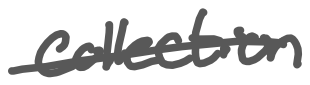
Text: collection
Cross-out: mix
Writing tool: digital_gray